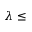
\lambda \le